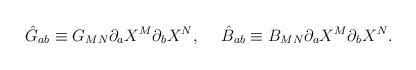
LaTeX: \begin{align*}\hat{G}_{ab}\equiv G_{MN}\partial_aX^M\partial_bX^N,\ \ \ \ \hat{B}_{ab}\equiv B_{MN}\partial_aX^M\partial_bX^N.\end{align*}